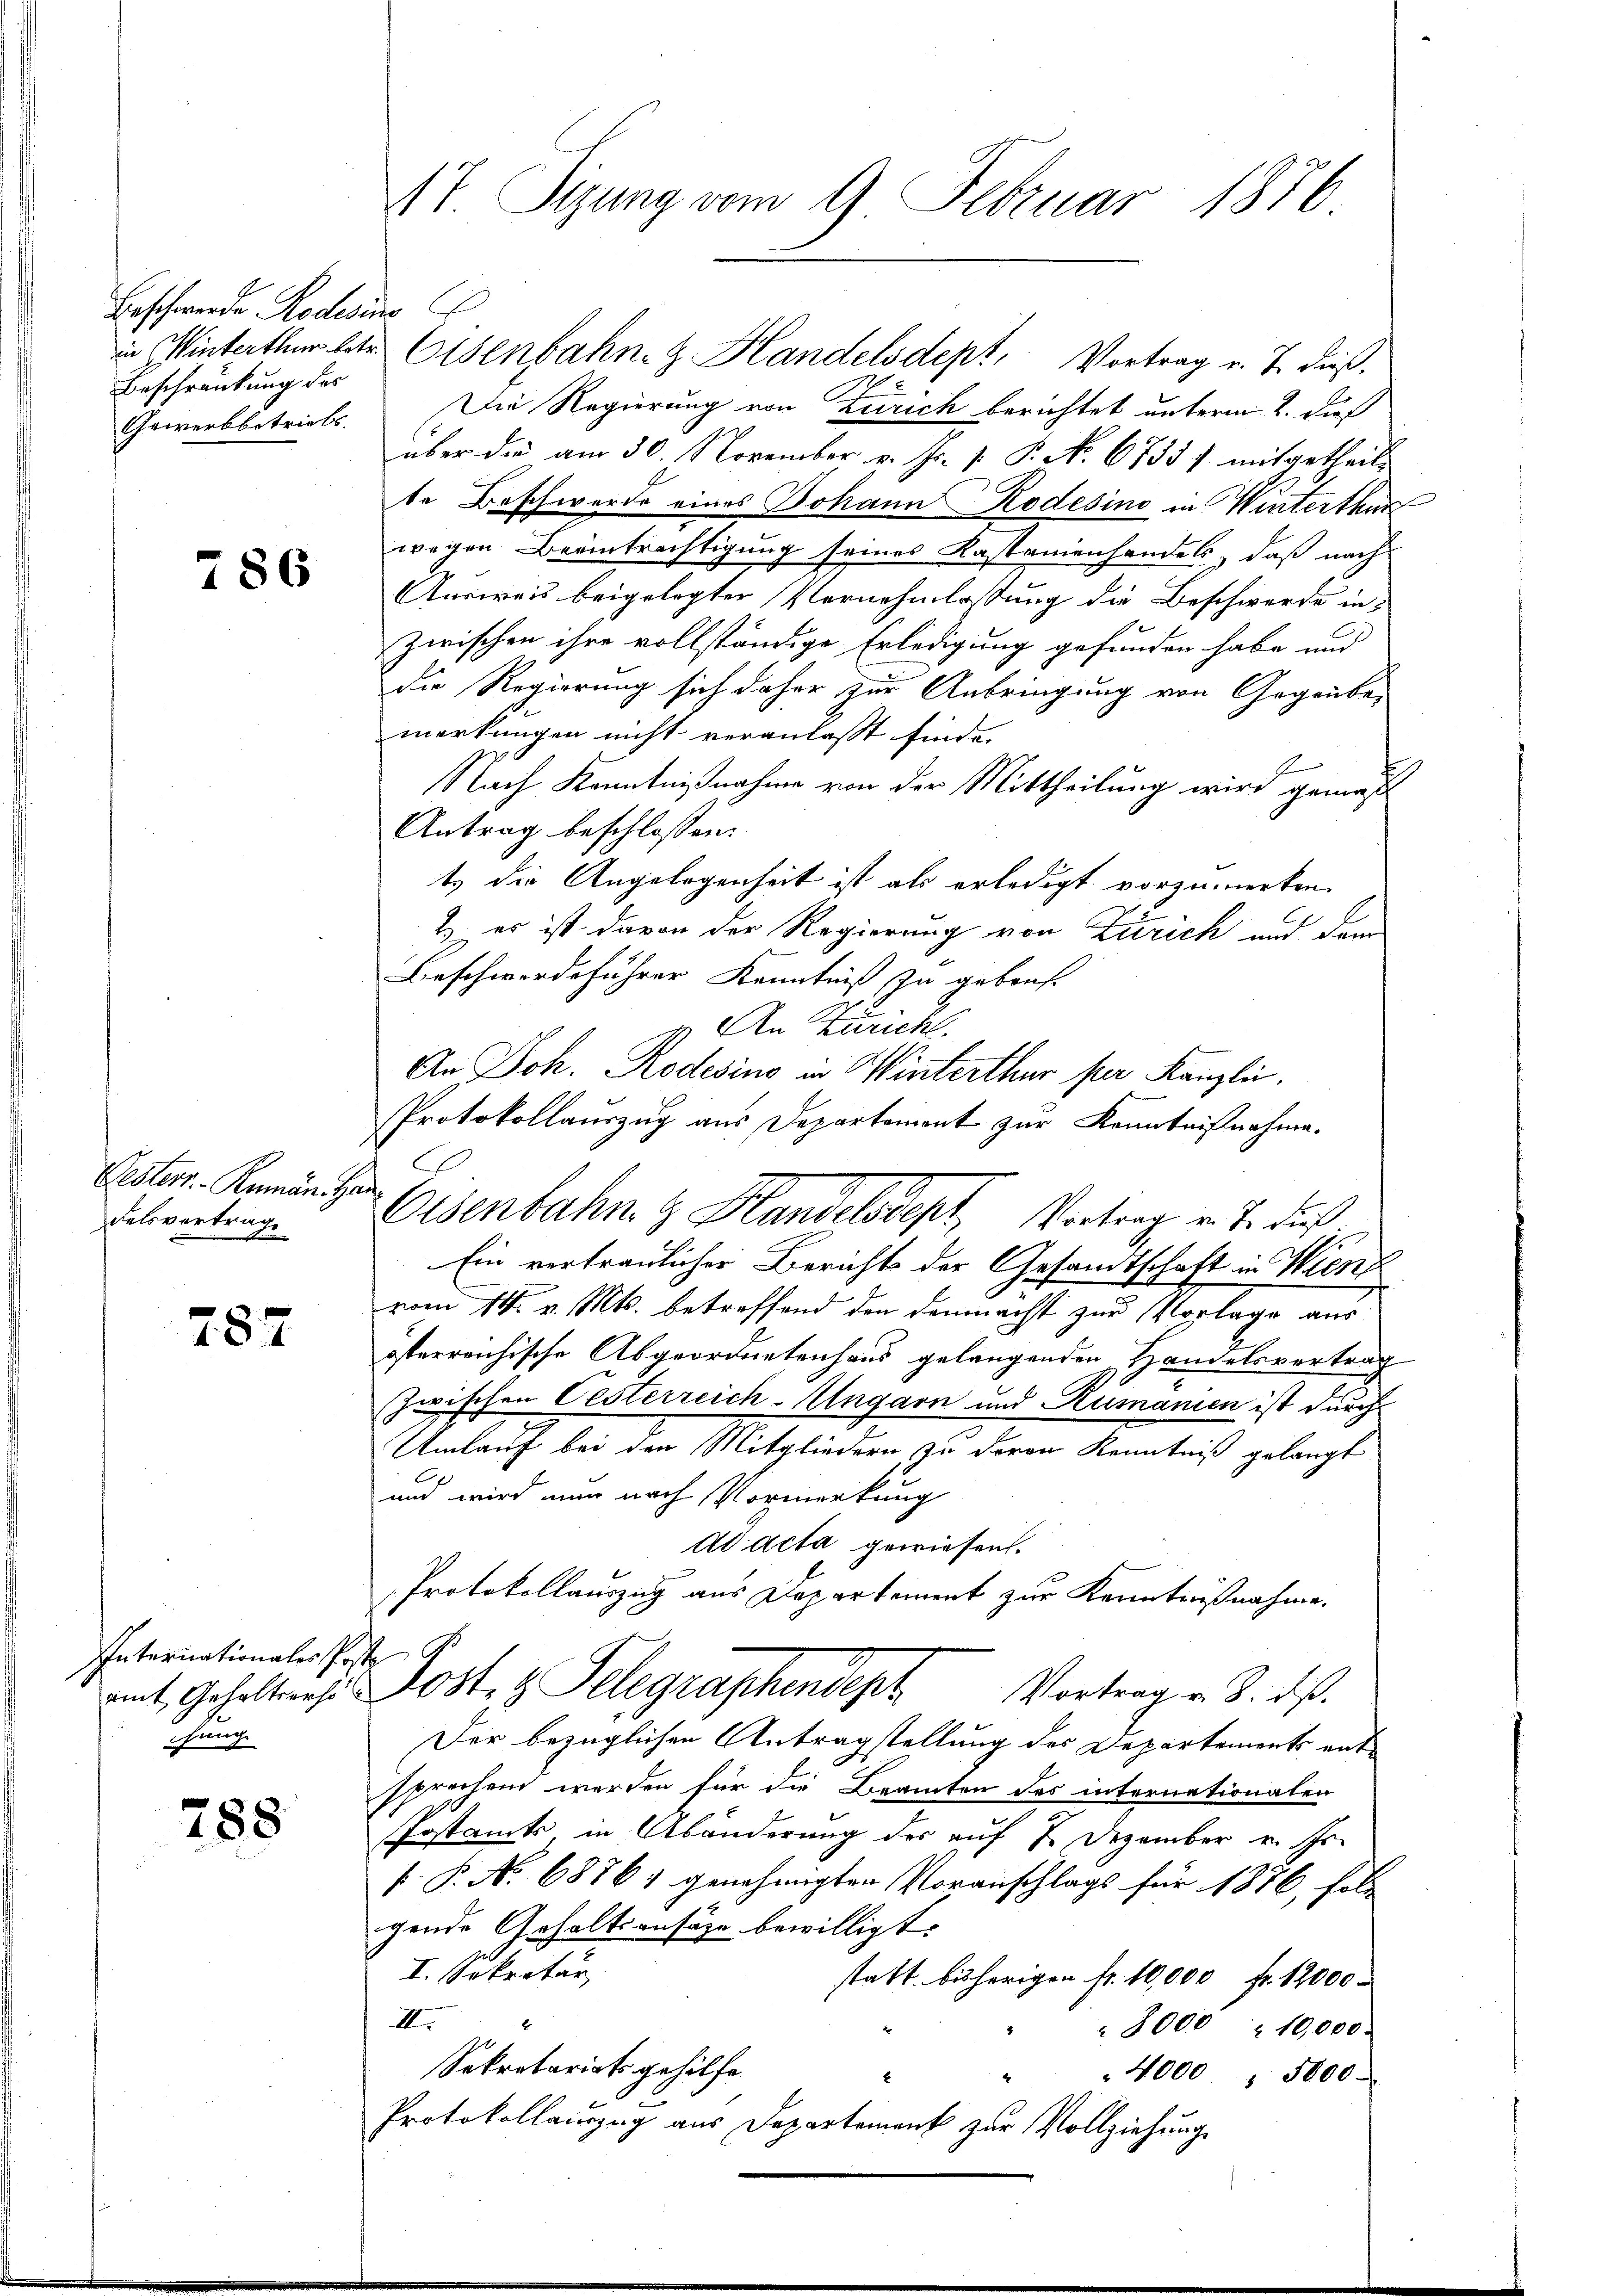
Beschwerde. Rodesimo C
Beschränkung des
Gewerbbetriels. |

786

Pesterr. - Rumän. Han
Felsvertrage

787

Internationales Poste
Bunge

788

17. Sizung vom 9. Februar 1876.

Die Regierung von Zürich berichtet unterm 2. dieß
über die am 30. November v. Js. v. P. No. 6755/ mitgetheilt
te Beschwerde eines Johann Kodesino in Winterthur
wegen Beeinträchtigung seines Kastanienhandels, daß nach
Ausweis beigelegter Vernehmlassung die Beschwerde in
zwischen ihre vollständige Erledigung gefunden habe und
die Regierung sich daher zur Anbringung von Gegenbe-
merkungen nicht veranlasst finde.
Nach Kenntnißnahme von der Mittheilung wird gemest
Antrag beschlossen:
t) die Angelegenheit ist als erledigt vorzumerken.
2) es ist davon der Regierung von Zürich und dem
Beschwerdeführer Kenntniß zu gebracht
An Züricht.
An Joh. Rodesino in Winterthur per Kanzlei,
Protokollauszug aus Departement zur Kenntnißnahme.
Ein vertraulicher Berichts der Gesandtschaft in Wien
vom 14. v. Mts. betreffend den demnachst zur Vorlage aus
österreichische Abgeordnetenhaus gelangenden Handelsvertrag
zwischen Oesterreich-Ungarn und Rumanien ist durch
Umlauf bei den Mitgliedern, zu deren Kenntniß gelangt
und wird nun nach Vormerkung
Ad acta gewiesen.
Protokollauszug aus Departement zur Kenntnißnahme.
amt Gehaltenes Post z. Telegraphendept Vortrag v. 3. ds.
Der bezüglichen Antragstellung des Departements entsprechen werden für die Beamten des internationalen
Postamts, in Abänderung der auf 7 Dezember v. Js.
P. P. No 68861 genehmigten Voranschlags für 1876, foll
gende Gehaltsansätze bewilligt.
I. Sekretär
statt bisherigen fr. 10,000 fr. 12000
II.
8000 " 10,000.
Sekretariats gehilfe
" 4000, 5000.
E
Protokollauszug aus Departement zur Vollziehung

E

in Winterthur betr. Eisenbahn- & Handelsdept, Vortrag v. J. dieß¬

Osenbahn & Handelsdept, Vortrag v. J. dies